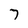
Character: 7